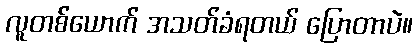
လူတစ်ယောက် အသတ်ခံရတယ် ပြောတာပဲ။